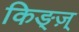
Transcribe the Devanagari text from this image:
किङ्ज़्